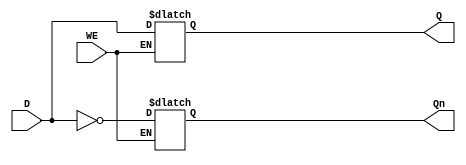
module gated_D_latch(WE, D, Q, Qn);

    input WE;
    input D;
    output reg Q,Qn;

    always @ (*)
    begin
        if (WE == 1) begin
            Q <= D;
            Qn <= ~D;
        end
    end
endmodule